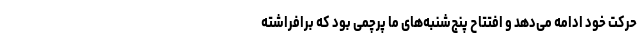
حرکت خود ادامه می‌دهد و افتتاح پنج‌شنبه‌های ما پرچمی بود که برافراشته